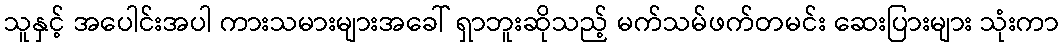
သူနှင့် အပေါင်းအပါ ကားသမားများအခေါ် ရှာဘူးဆိုသည့် မက်သမ်ဖက်တမင်း ဆေးပြားများ သုံးကာ